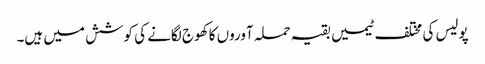
پولیس کی مختلف ٹیمیں بقیہ حملہ آوروں کا کھوج لگانے کی کوشش میں ہیں۔